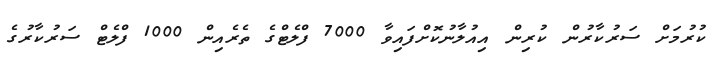
ކުރުމަށް ސަރުކާރުން ކުރިން އިއުލާނުކޮށްފައިވާ 7000 ފްލެޓްގެ ތެރެއިން 1000 ފްލެޓް ސަރުކާރުގެ